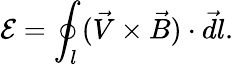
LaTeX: \mathcal E=\oint_{l}(\vec{V}\times\vec{B})\cdot\vec{dl}.